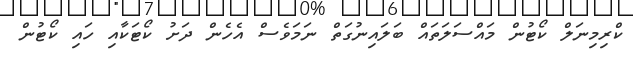
ކްރިމިނަލް ކޯޓުން މައްސަލަތައް ބަލައިނުގަތް ނަމަވެސް އެހެން ދަށު ކޯޓަކާއި ހައި ކޯޓުން